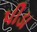
પીડા